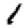
Digit: 1